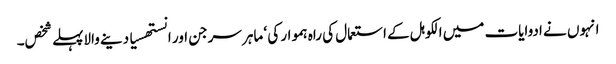
انہوں نے ادوایات میں الکوہل کے استعمال کی راہ ہموار کی ‘ ماہر سرجن اور انستھسیا دینے والاپہلے شخص۔